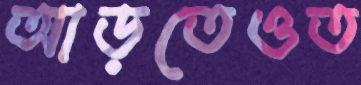
আড়তেওত